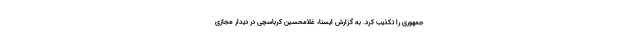
جمهوری را تکذیب کرد. به گزارش ایسنا، غلامحسین کرباسچی در دیدار مجازی